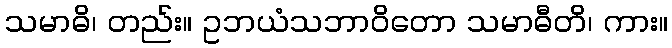
သမာဓိ၊ တည်း။ ဥဘယံသဘာဝိတော သမာဓီတိ၊ ကား။